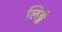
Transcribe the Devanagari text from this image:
लिङ्गं